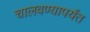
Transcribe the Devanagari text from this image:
चालवण्यापर्यंत